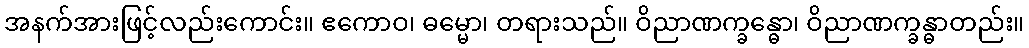
အနက်အားဖြင့်လည်းကောင်း။ ဧကောဝ၊ ဓမ္မော၊ တရားသည်။ ဝိညာဏက္ခန္ဓော၊ ဝိညာဏက္ခန္ဓာတည်း။